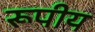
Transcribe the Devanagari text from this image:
रूपीय